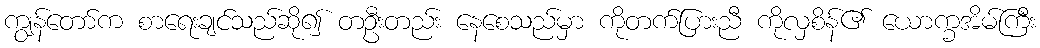
ကျွန်တော်က စာရေးချင်သည်ဆို၍ တဦးတည်း နေစေသည်မှာ ကိုတက်ပြားညီ ကိုလှစိန်၏ ယောက္ခအိမ်ကြီး